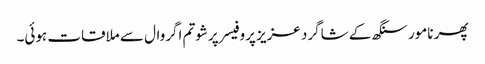
پھر نامور سنگھ کے شاگرد عزیز پروفیسر پرشوتم اگروال سے ملاقات ہوئی۔